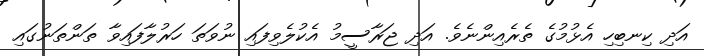
އަދި ކިނބިހި އެޅުމުގެ ތެރެއިންނެވެ. އަދި ޖަރާސީމު އެކުލެވިފައި ނުވަތަ ހަރުލާފައިވާ ތަންތަނުގައި